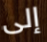
إلى